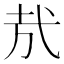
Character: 㢤